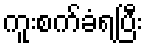
ကူးစက်ခံရပြီး